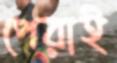
পেরাই